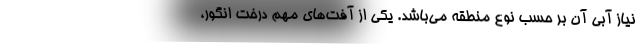
نیاز آبی آن بر حسب نوع منطقه می‌باشد. یکی از آفت‌های مهم درخت انگور،